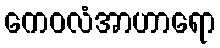
ကေဝလံအာဟာရော